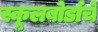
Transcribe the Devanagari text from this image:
स्कूलबोर्डाचे